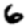
Digit: 6